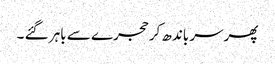
پھرسر باندھ کر حجرے سے باہر گئے ۔